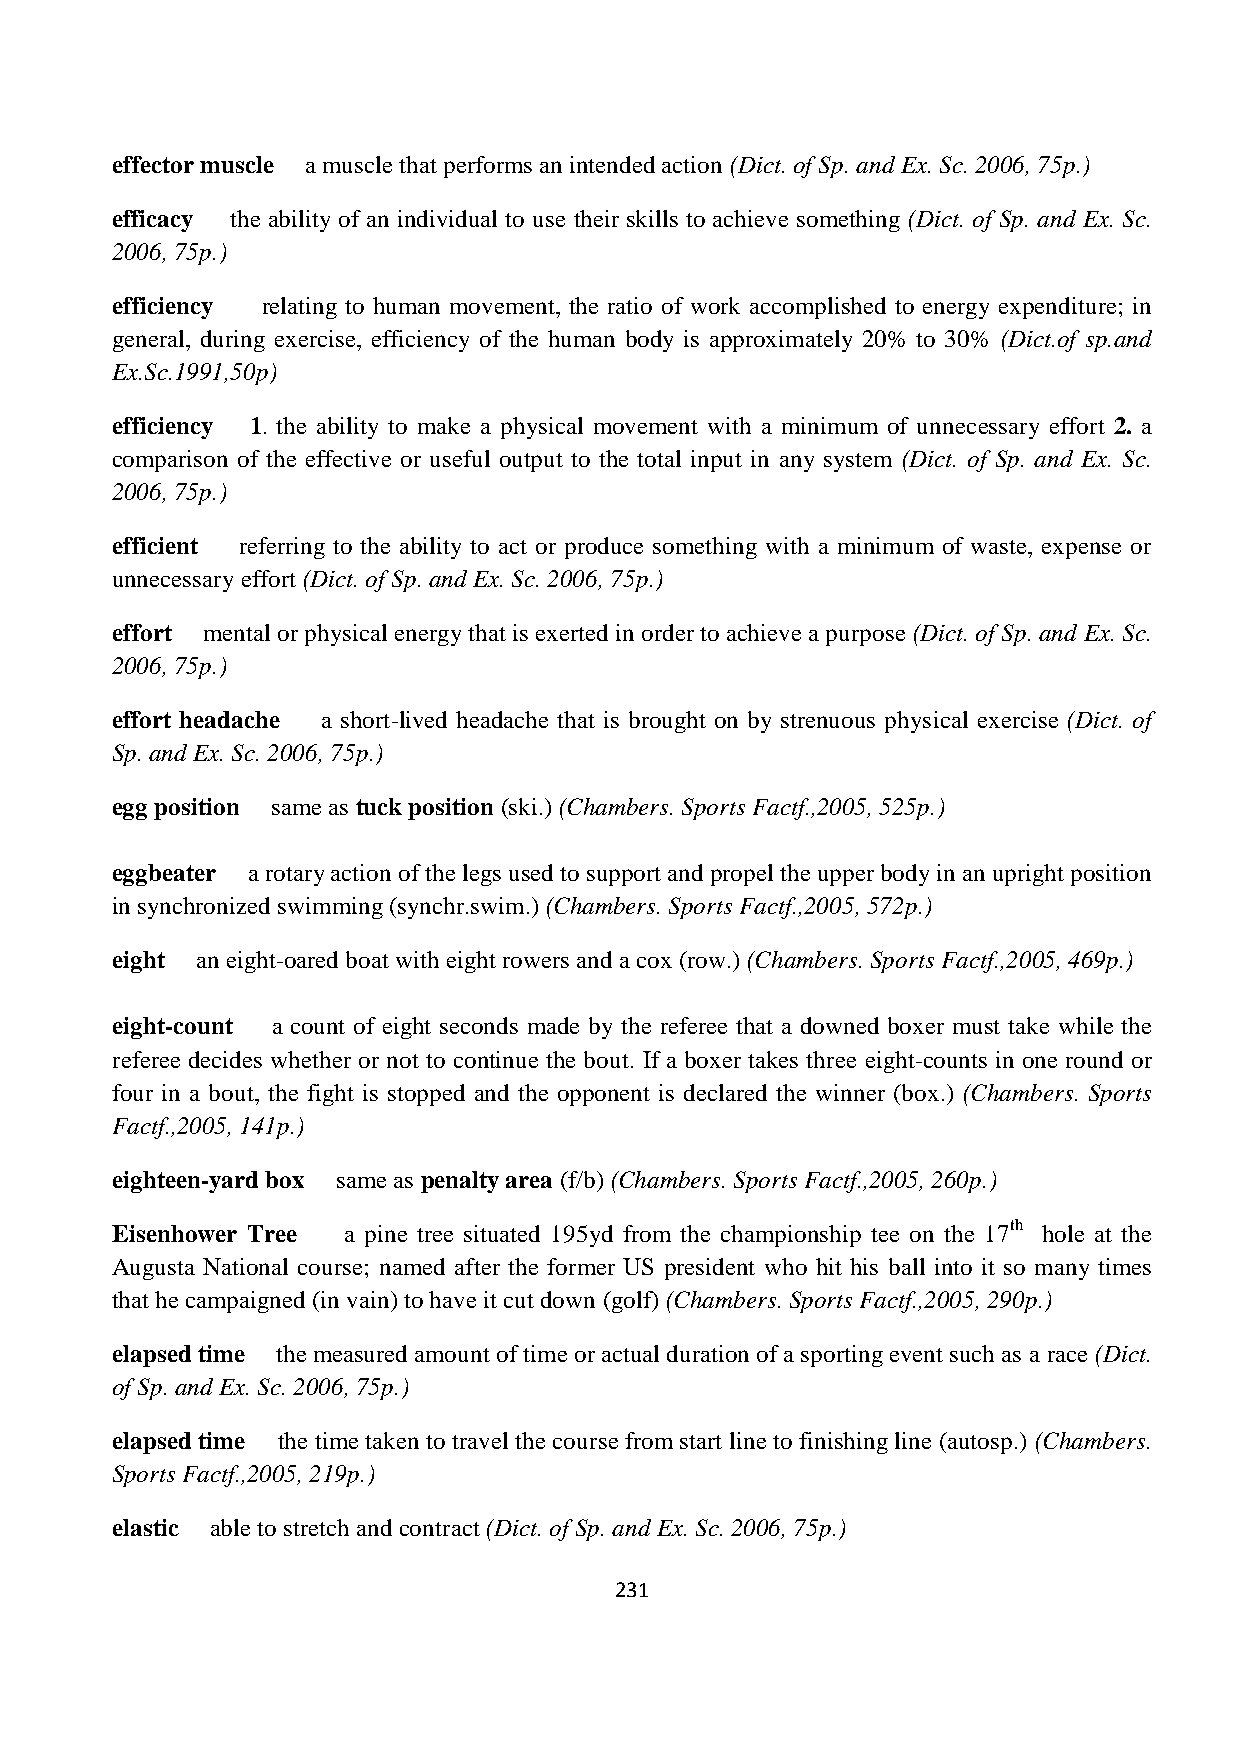
effector muscle a muscle that performs an intended action (Dict. of Sp. and Ex. Sc. 2006, 75p.)
 efficacy the ability of an individual to use their skills to achieve something (Dict. of Sp. and Ex. Sc.
 2006, 75p.)
 efficiency relating to human movement, the ratio of work accomplished to energy expenditure; in
 general, during exercise, efficiency of the human body is approximately 20% to 30% (Dict.of sp.and
 Ex.Sc.1991,50p)
 efficiency 1. the ability to make a physical movement with a minimum of unnecessary effort 2. a
 comparison of the effective or useful output to the total input in any system (Dict. of Sp. and Ex. Sc.
 2006, 75p.)
 efficient referring to the ability to act or produce something with a minimum of waste, expense or
 unnecessary effort (Dict. of Sp. and Ex. Sc. 2006, 75p.)
 effort mental or physical energy that is exerted in order to achieve a purpose (Dict. of Sp. and Ex. Sc.
 2006, 75p.)
 effort headache a short-lived headache that is brought on by strenuous physical exercise (Dict. of
 Sp. and Ex. Sc. 2006, 75p.)
 egg position same as tuck position (ski.) (Chambers. Sports Factf.,2005, 525p.)
 eggbeater a rotary action of the legs used to support and propel the upper body in an upright position
 in synchronized swimming (synchr.swim.) (Chambers. Sports Factf.,2005, 572p.)
 eight an eight-oared boat with eight rowers and a cox (row.) (Chambers. Sports Factf.,2005, 469p.)
 eight-count a count of eight seconds made by the referee that a downed boxer must take while the
 referee decides whether or not to continue the bout. If a boxer takes three eight-counts in one round or
 four in a bout, the fight is stopped and the opponent is declared the winner (box.) (Chambers. Sports
 Factf.,2005, 141p.)
 eighteen-yard box same as penalty area (f/b) (Chambers. Sports Factf.,2005, 260p.)
 Eisenhower Tree a pine tree situated 195yd from the championship tee on the 17th hole at the
 Augusta National course; named after the former US president who hit his ball into it so many times
 that he campaigned (in vain) to have it cut down (golf) (Chambers. Sports Factf.,2005, 290p.)
 elapsed time the measured amount of time or actual duration of a sporting event such as a race (Dict.
 of Sp. and Ex. Sc. 2006, 75p.)
 elapsed time the time taken to travel the course from start line to finishing line (autosp.) (Chambers.
 Sports Factf.,2005, 219p.)
 elastic able to stretch and contract (Dict. of Sp. and Ex. Sc. 2006, 75p.)
 231